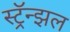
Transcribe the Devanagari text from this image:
स्ट्रॅन्झल